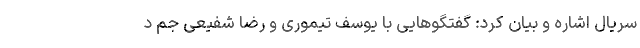
سریال اشاره و بیان کرد: گفتگوهایی با یوسف تیموری و رضا شفیعی جم د